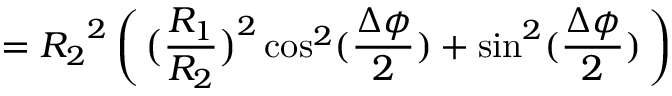
= { R _ { 2 } } ^ { 2 } \, \bigg ( \, \big ( \frac { R _ { 1 } } { R _ { 2 } } \big ) ^ { 2 } \cos ^ { 2 } ( \frac { \Delta \phi } { 2 } ) + \sin ^ { 2 } ( \frac { \Delta \phi } { 2 } ) \, \bigg )